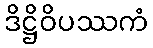
ဒိဋ္ဌိဝိပဿကံ